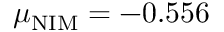
\mu _ { \mathrm { N I M } } = - 0 . 5 5 6